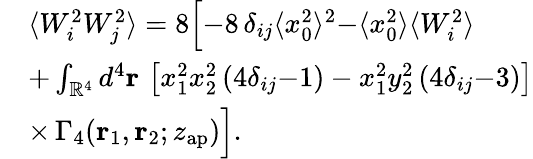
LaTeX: \begin{array}{rl}&{\langle W_{i}^{2}W_{j}^{2}\rangle=8\Big[{-}8\, \delta_{ij}\langle x_{0}^{2}\rangle^{2}{-}\langle x_{0}^{2}\rangle\langle W_{i}^{2}\rangle}\\ &{+\int_{\mathbb{R}^{4}}d^{4}\mathbf{r}\, \left[x_{1}^{2}x_{2}^{2}\left(4\delta_{ij}{-}1\right)-x_{1}^{2}y_{2}^{2}\left(4\delta_{ij}{-}3\right)\right]}\\ &{\times\, \Gamma_{4}\! \left(\mathbf{r}_{1},\mathbf{r}_{2};z_{\mathrm{ap}}\right)\Big].}\end{array}